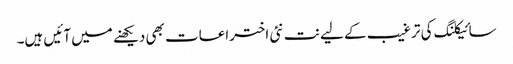
سائیکلنگ کی ترغیب کے لیے نت نئی اختراعات بھی دیکھنے میں آئیں ہیں۔